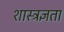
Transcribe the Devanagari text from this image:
शास्त्रज्ञता